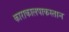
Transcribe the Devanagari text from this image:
काराकालपाकस्तान